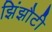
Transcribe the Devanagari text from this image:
झिंझौटी